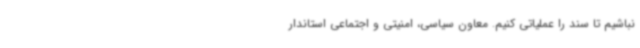
نباشیم تا سند را عملیاتی کنیم. معاون سیاسی، امنیتی و اجتماعی استاندار